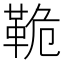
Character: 𩊛